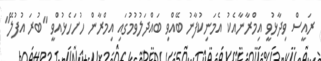
ރައީސް ވިދާޅުވީ އިމްރާނާއެކު އެމަނިކުފާނު ބޭއްވި ބައްދަލުވުމުގައި އިމްރާން ހުށަހެޅުއްވީ "ބުރަ އުފުލޭ"